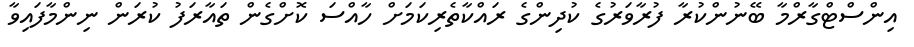
އިންސްޓްގާރްމާ ބޭނުންކުރާ ފުރާވަރުގެ ކުދިންގެ ރައްކާތެރިކަމަށް ހާއްސަ ކޮށްގެން ތައާރަފު ކުރަން ނިންމާފައިވާ